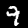
Label: 9